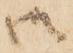
御